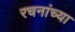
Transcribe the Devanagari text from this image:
रचनांच्या